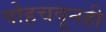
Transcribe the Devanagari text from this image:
पोहचवूनही